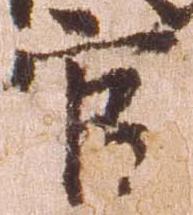
官